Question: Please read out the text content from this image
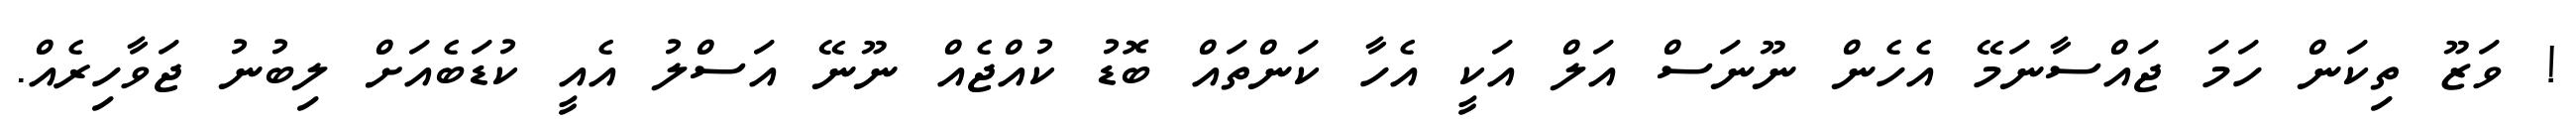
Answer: ! ވަޒޫ ތިކަން ހަމަ ޖައްސާނަމޭ އެހެން ނޫނަސް އަލް އަކީ އެހާ ކަންތައް ބޮޑު ކުއްޖެއް ނޫނޭ އަސްލު އެއީ ކުޑަބެއަށް ލިބުނު ޖަވާހިރެއް.